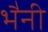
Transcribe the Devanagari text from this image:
भैनी